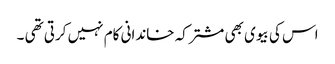
اس کی بیوی بھی مشترکہ خاندانی کام نہیں کرتی تھی ۔